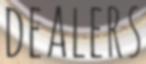
DEALERS